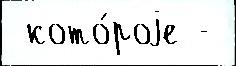
 кото́роjе -